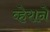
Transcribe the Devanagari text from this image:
व्हेराने